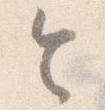
令